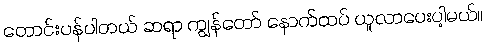
တောင်းပန်ပါတယ် ဆရာ ကျွန်တော် နောက်ထပ် ယူလာပေးပါ့မယ်။